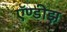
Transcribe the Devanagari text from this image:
ऍण्डीझ